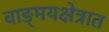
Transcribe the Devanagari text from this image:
वाङ्‌मयक्षेत्रात